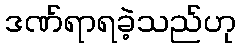
ဒဏ်ရာရခဲ့သည်ဟု